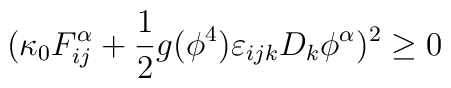
(\kappa_0 F^{\alpha}_{ij} +\frac{1}{2} g(\phi^4) \varepsilon_{ijk} D_k\phi^{\alpha})^2 \ge 0